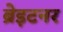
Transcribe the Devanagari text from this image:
ब्रेइटनर